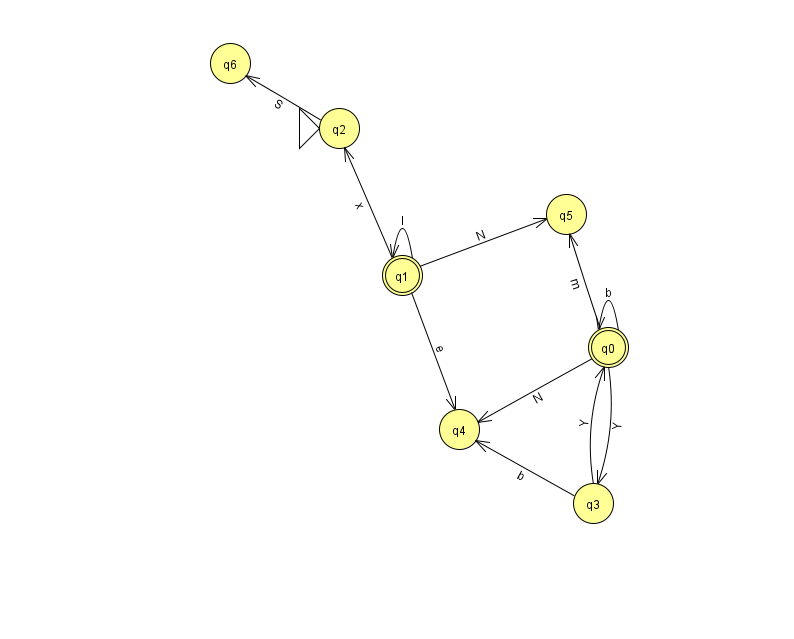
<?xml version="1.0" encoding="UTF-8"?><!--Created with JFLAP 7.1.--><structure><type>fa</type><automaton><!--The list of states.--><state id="0" name="q0"><x>608.0</x><y>334.0</y><final/></state><state id="1" name="q1"><x>402.0</x><y>262.0</y><final/></state><state id="2" name="q2"><x>339.0</x><y>115.0</y><initial/></state><state id="3" name="q3"><x>593.0</x><y>490.0</y></state><state id="4" name="q4"><x>459.0</x><y>416.0</y></state><state id="5" name="q5"><x>566.0</x><y>201.0</y></state><state id="6" name="q6"><x>230.0</x><y>50.0</y></state><!--The list of transitions.--><transition><from>2</from><to>6</to><read>S</read></transition><transition><from>0</from><to>0</to><read>b</read></transition><transition><from>1</from><to>4</to><read>e</read></transition><transition><from>0</from><to>3</to><read>Y</read></transition><transition><from>3</from><to>0</to><read>Y</read></transition><transition><from>1</from><to>2</to><read>x</read></transition><transition><from>0</from><to>4</to><read>N</read></transition><transition><from>0</from><to>5</to><read>m</read></transition><transition><from>1</from><to>1</to><read>I</read></transition><transition><from>1</from><to>5</to><read>N</read></transition><transition><from>3</from><to>4</to><read>b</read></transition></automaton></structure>